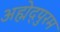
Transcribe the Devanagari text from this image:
अह्मेद्पुरम